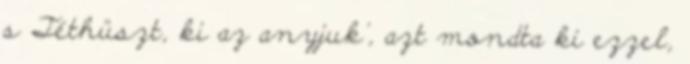
s Téthüszt, ki az anyjuk’, azt mondta ki ezzel,